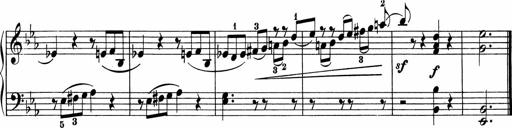
Title: 5 Sonatinen fÃ¼r die Jugend
Composer: Carl Reinecke